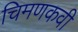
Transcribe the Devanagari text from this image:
चिमणकवी